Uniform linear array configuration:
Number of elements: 16
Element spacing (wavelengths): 1
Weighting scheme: binomial
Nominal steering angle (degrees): -60
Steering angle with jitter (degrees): -60.332
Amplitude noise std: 0.05
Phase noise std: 0.05

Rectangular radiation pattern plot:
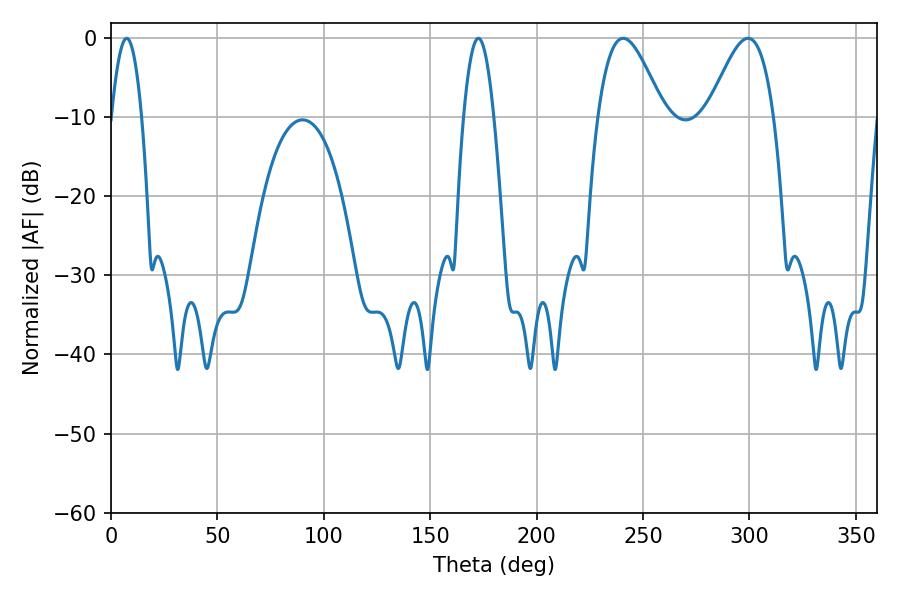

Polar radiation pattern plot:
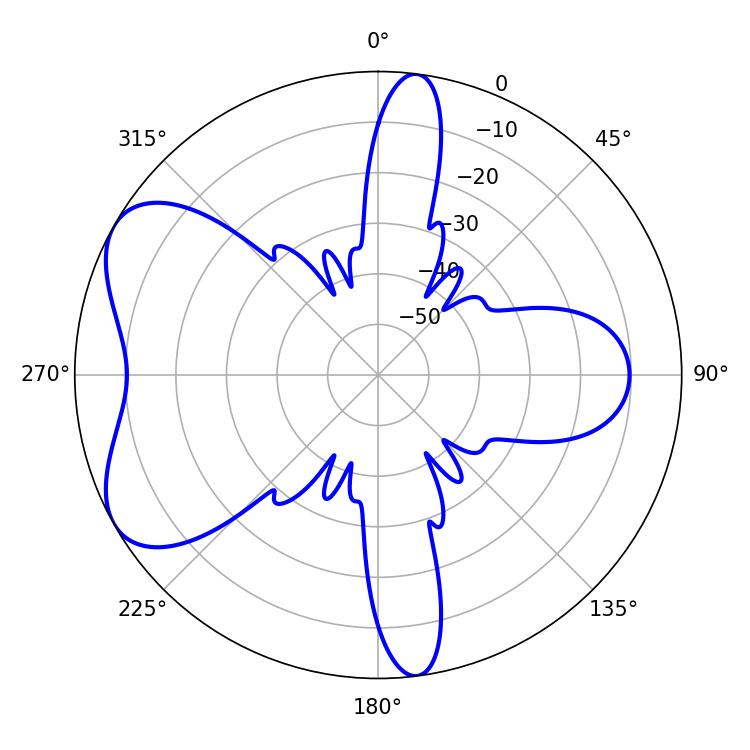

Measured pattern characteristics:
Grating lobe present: TRUE
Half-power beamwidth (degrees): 16.38
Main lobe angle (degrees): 240.66